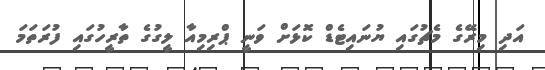
އަދި މިރޭގެ މެޗުގައި ޔުނައިޓެޑް ކޮޅަށް ވަނީ ޕްރިމިއާ ލީގުގެ ތާރީހުގައި ފުރަތަމަ